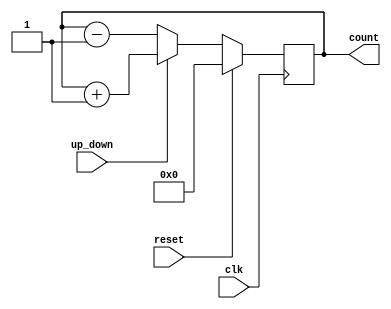
module multi_bit_counter (
    input wire clk,            // Clock signal
    input wire reset,          // Synchronous reset
    input wire up_down,        // Control signal (1 = count up, 0 = count down)
    output reg [3:0] count     // 4-bit counter output
);

    // Always block for the counter logic
    always @(posedge clk) begin
        if (reset) begin
            count <= 4'b0000;   // Reset counter to 0
        end else begin
            if (up_down) begin
                count <= count + 1; // Count up
            end else begin
                count <= count - 1; // Count down
            end
        end
    end

endmodule